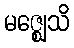
မဇ္ဈေသိ